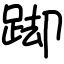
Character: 踋